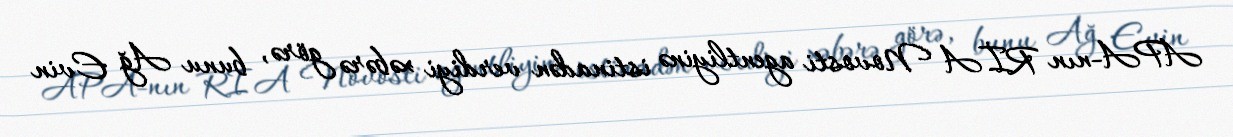
APA-nın RİA Novosti agentliyinə istinadən verdiyi xəbərə görə, bunu Ağ Evin